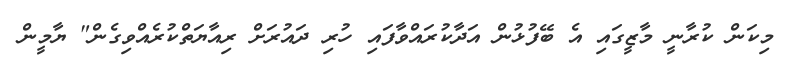
މިކަން ކުރާނީ މާޒީގައި އެ ބޭފުޅުން އަދާކުރައްވާފައި ހުރި ދައުރަށް ރިއާޔަތްކުރެއްވިގެން" ޔާމީން